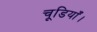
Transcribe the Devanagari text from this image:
चूडियाँ।